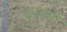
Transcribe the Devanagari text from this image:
हारुमी